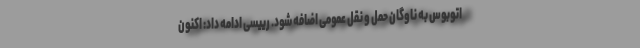
اتوبوس به ناوگان حمل و نقل عمومی اضافه شود. رییسی ادامه داد: اکنون